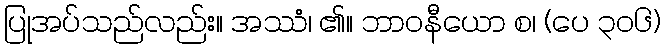
ပြုအပ်သည်လည်း။ အဿံ၊ ၏။ ဘာဝနီယော စ၊ (ပေ ၃၀၆)